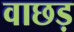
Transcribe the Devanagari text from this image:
वाछड़